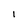
Character: 1